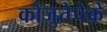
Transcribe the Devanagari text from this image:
कोजुतेपेक़े